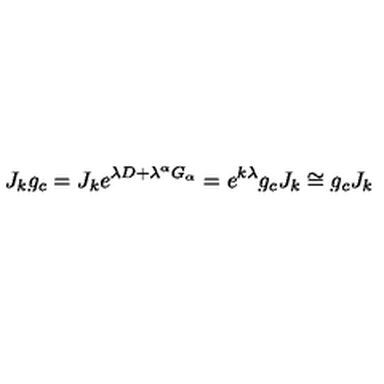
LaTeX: J _ { k } g _ { c } = J _ { k } e ^ { \lambda D + \lambda ^ { \alpha } G _ { \alpha } } = e ^ { k \lambda } g _ { c } J _ { k } \cong g _ { c } J _ { k }